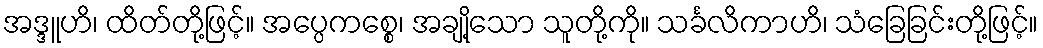
အဒ္ဒူဟိ၊ ထိတ်တို့ဖြင့်။ အပ္ပေကစ္စေ၊ အချို့သော သူတို့ကို။ သင်္ခလိကာဟိ၊ သံခြေခြင်းတို့ဖြင့်။